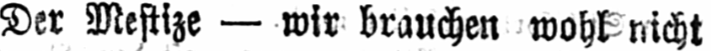
Der Mestize - wir brauchen wohl nicht